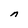
Character: n